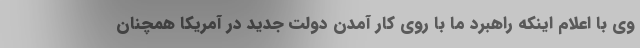
وی با اعلام اینکه راهبرد ما با روی کار آمدن دولت جدید در آمریکا همچنان